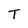
Character: T